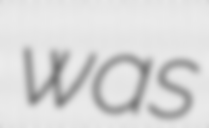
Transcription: was